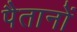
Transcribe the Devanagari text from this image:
पैतानों